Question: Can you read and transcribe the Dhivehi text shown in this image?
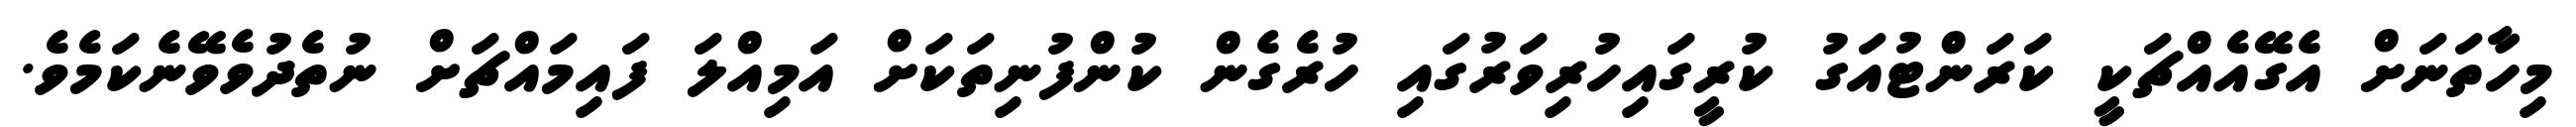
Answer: މިހާތަނަށް އެގޭއެއްޗަކީ ކަރަންޓުއަގު ކުރީގައިހުރިވަރުގައި ހުރެގެން ކުންފުނިތަކަށް އަމިއްލަ ފައިމައްޗަށް ނުތެދުވެވޭނެކަމެވެ.